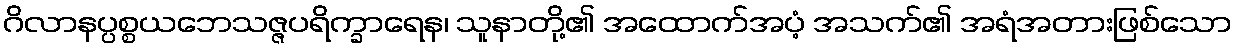
ဂိလာနပ္ပစ္စယဘေသဇ္ဇပရိက္ခာရေန၊ သူနာတို့၏ အထောက်အပံ့ အသက်၏ အရံအတားဖြစ်သော